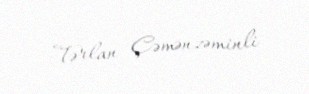
Tərlan Çəmənzəminli